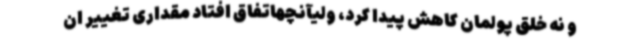
و نه خلق پولمان کاهش پیدا کرد، ولیآنچهاتفاق افتاد مقداری تغییر ان